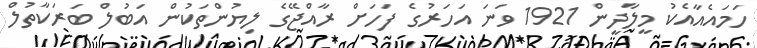
ހަމައެއާއެކު މީލާދީން 1921 ވަނަ އަހަރުގެ ފަހަށް ރާއްޖޭގެ ލިޔުންތަކުން އަބުލް ބަރަކާތުލް